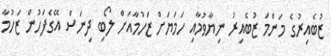
ޒުބެއިރުގެ މަންމަ ޒުބެއިރު ނިޔާވުމާއި ހަމަޔަށް ޒަހުމާއަށް ލޯބި ދިނަސް އޭގެފަހުން ޒަހުމާ